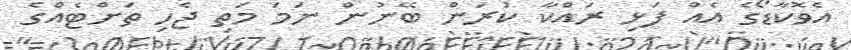
އެވޮކާޑޯގެ އެއް ފަޅި ރައްކާ ކުރަން ބޭނުން ނަމަ މަތި ޖެހި ތަށްޓެއްގެ